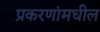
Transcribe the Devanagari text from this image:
प्रकरणांमधील